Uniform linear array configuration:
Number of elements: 32
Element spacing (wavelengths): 0.75
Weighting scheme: hamming
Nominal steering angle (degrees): -15
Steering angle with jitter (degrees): -13.395
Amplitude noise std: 0.05
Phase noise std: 0.05

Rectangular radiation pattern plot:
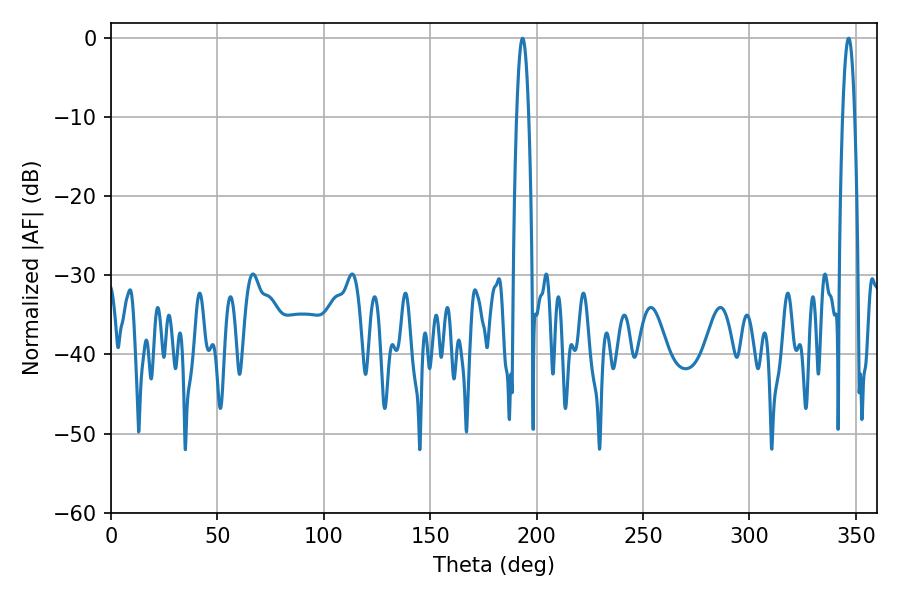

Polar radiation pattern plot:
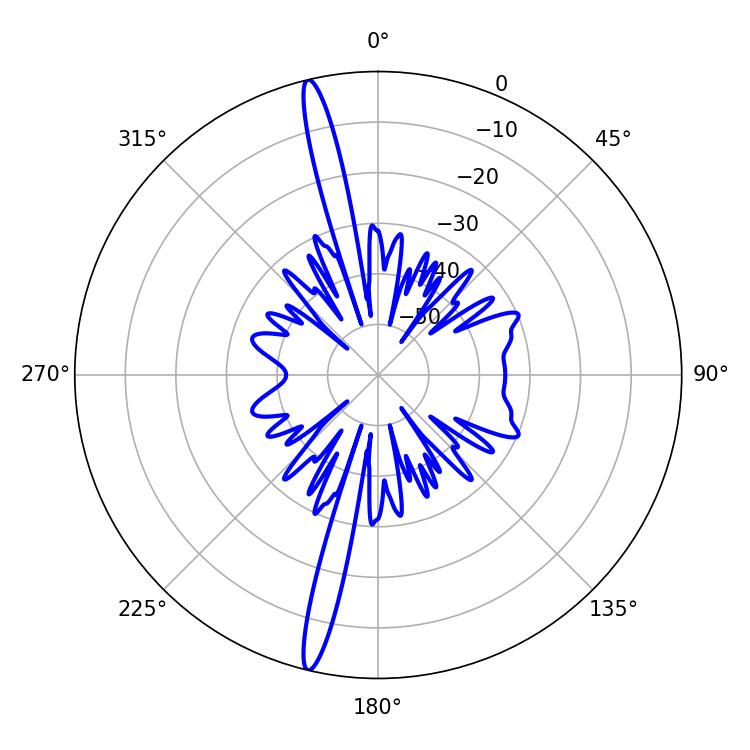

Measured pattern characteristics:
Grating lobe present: TRUE
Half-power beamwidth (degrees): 3.06
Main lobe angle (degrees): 193.32